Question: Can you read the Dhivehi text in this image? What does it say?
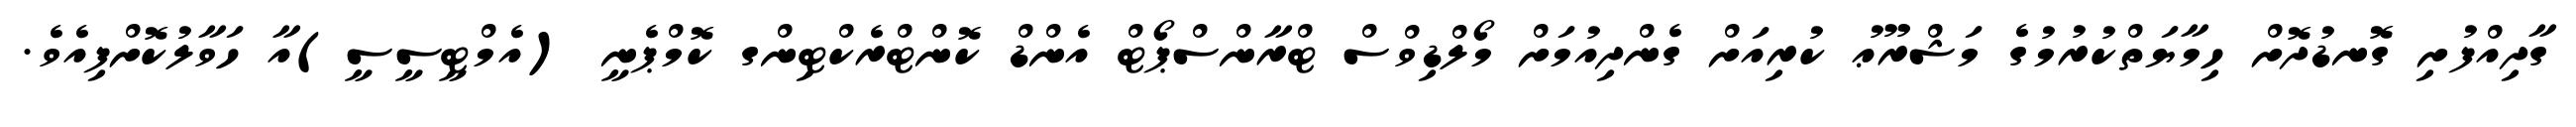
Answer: ގާދިއްފުށި ގޮނޑުދޮށް ހިމާޔަތްކުރުމުގެ މަޝްރޫޢު ކުރިއަށް ގެންދިއުމަށް މޯލްޑިވްސް ޓްރާންސްޕޯޓް އެންޑް ކޮންޓްރެކްޓިންގ ކޮމްޕެނީ (އެމްޓީސީސީ)އާ ހަވާލުކޮށްފިއެވެ.